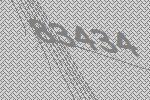
83434